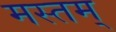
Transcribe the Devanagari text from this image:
मस्तम्